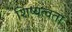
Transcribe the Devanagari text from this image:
शिष्यत्वता